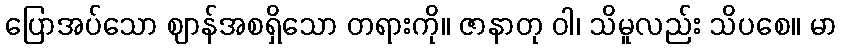
ပြောအပ်သော ဈာန်အစရှိသော တရားကို။ ဇာနာတု ဝါ၊ သိမူလည်း သိပစေ။ မာ